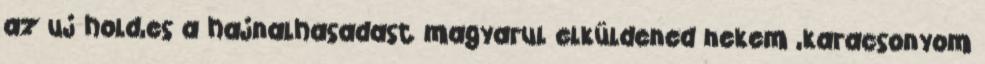
az uj hold,es a hajnalhasadast magyarul elküldened nekem ,karacsonyom